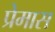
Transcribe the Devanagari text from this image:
प्रेमास